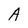
Character: A